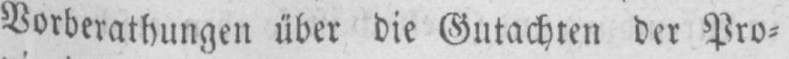
Vorberathungen über die Gutachten der Pro⸗